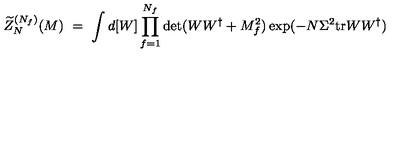
\widetilde { Z } _ { N } ^ { ( N _ { f } ) } ( M ) \ = \ \int d [ W ] \prod _ { f = 1 } ^ { N _ { f } } \det ( W W ^ { \dagger } + M _ { f } ^ { 2 } ) \exp ( - N \Sigma ^ { 2 } { \mathrm { t r } } W W ^ { \dagger } )